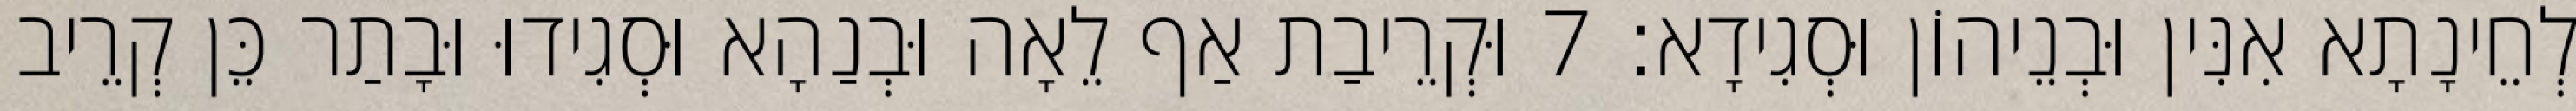
לְחֵינָתָא אִנִּין וּבְנֵיהוֹן וּסְגִידָא׃ 7 וּקְרֵיבַת אַף לֵאָה וּבְנַהָא וּסְגִידוּ וּבָתַר כֵּן קְרֵיב